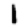
Digit: 1